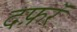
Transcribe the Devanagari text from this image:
दफ़रॅ